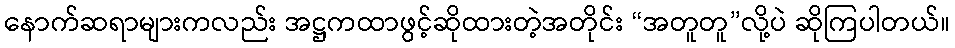
နောက်ဆရာများကလည်း အဋ္ဌကထာဖွင့်ဆိုထားတဲ့အတိုင်း “အတူတူ”လို့ပဲ ဆိုကြပါတယ်။